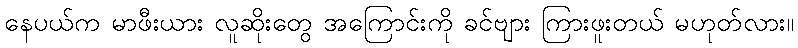
နေပယ်က မာဖီးယား လူဆိုးတွေ အကြောင်းကို ခင်ဗျား ကြားဖူးတယ် မဟုတ်လား။